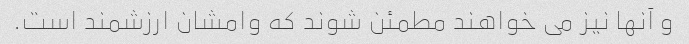
و آنها نیز می خواهند مطمئن شوند که وامشان ارزشمند است.